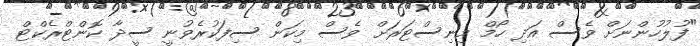
"ފުލުހުންނަށް ވެސް އަދި ހޯމް މިނިސްޓަރަށް ވެސް މިކަން ސިފަކުރެވުނީ ސީދާ ކޮންޓްރެކްޓް